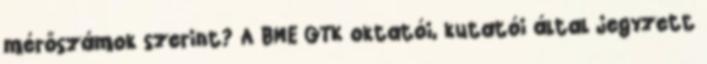
mérőszámok szerint? A BME GTK oktatói, kutatói által jegyzett